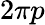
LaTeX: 2\pi p